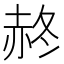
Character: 𧹝